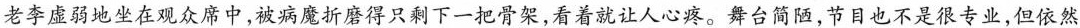
老李虚弱地坐在观众席中，被病魔折磨得只剩下一把骨架，看着就让人心疼。舞台简陋，节目也不是很专业，但依然